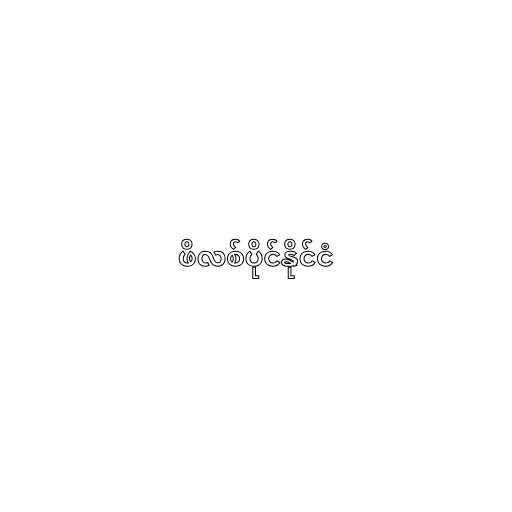
ဖိလစ်ပိုင်နိုင်ငံ